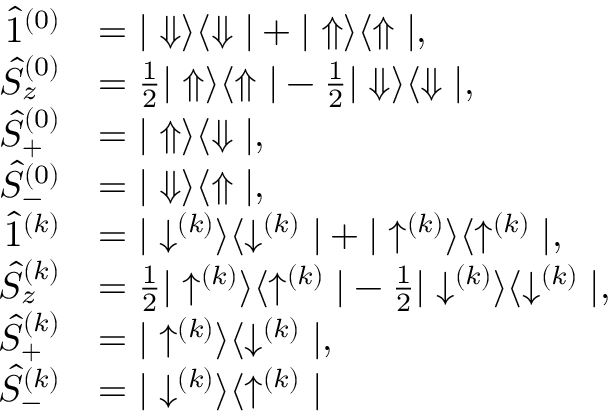
\begin{array} { r l } { \hat { 1 } ^ { ( 0 ) } } & { = | \Downarrow \rangle \langle \Downarrow | + | \Uparrow \rangle \langle \Uparrow | , } \\ { \hat { S } _ { z } ^ { ( 0 ) } } & { = \frac { 1 } { 2 } | \Uparrow \rangle \langle \Uparrow | - \frac { 1 } { 2 } | \Downarrow \rangle \langle \Downarrow | , } \\ { \hat { S } _ { + } ^ { ( 0 ) } } & { = | \Uparrow \rangle \langle \Downarrow | , } \\ { \hat { S } _ { - } ^ { ( 0 ) } } & { = | \Downarrow \rangle \langle \Uparrow | , } \\ { \hat { 1 } ^ { ( k ) } } & { = | \downarrow ^ { ( k ) } \rangle \langle \downarrow ^ { ( k ) } | + | \uparrow ^ { ( k ) } \rangle \langle \uparrow ^ { ( k ) } | , } \\ { \hat { S } _ { z } ^ { ( k ) } } & { = \frac { 1 } { 2 } | \uparrow ^ { ( k ) } \rangle \langle \uparrow ^ { ( k ) } | - \frac { 1 } { 2 } | \downarrow ^ { ( k ) } \rangle \langle \downarrow ^ { ( k ) } | , } \\ { \hat { S } _ { + } ^ { ( k ) } } & { = | \uparrow ^ { ( k ) } \rangle \langle \downarrow ^ { ( k ) } | , } \\ { \hat { S } _ { - } ^ { ( k ) } } & { = | \downarrow ^ { ( k ) } \rangle \langle \uparrow ^ { ( k ) } | } \end{array}